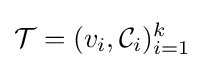
{\mathcal {T}}=(v_{i},{\mathcal {C}}_{i})_{i=1}^{k}